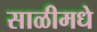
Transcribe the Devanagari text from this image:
साळीमधे